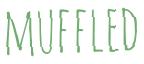
MUFFLED